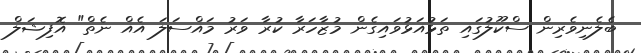
ބެލެނިވެރިން ސްކޫލުގައި ތަޅުއަޅުވައިގެން މުޒާހަރާ ކުރާ ވަރު މައްސަލަ އެއް ނެތް" އޮފިޝަލް